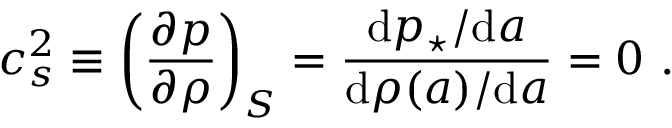
c _ { s } ^ { 2 } \equiv \left( \frac { \partial p } { \partial \rho } \right) _ { S } = { \frac { \mathrm { d } p _ { \star } / \mathrm { d } a } { \mathrm { d } \rho ( a ) / \mathrm { d } a } } = 0 \ .